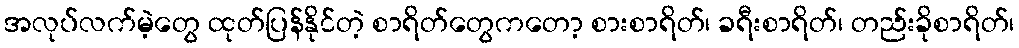
အလုပ်လက်မဲ့တွေ ထုတ်ပြန်နိုင်တဲ့ စာရိတ်တွေကတော့ စားစာရိတ်၊ ခရီးစာရိတ်၊ တည်းခိုစာရိတ်၊